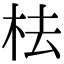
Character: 㭕